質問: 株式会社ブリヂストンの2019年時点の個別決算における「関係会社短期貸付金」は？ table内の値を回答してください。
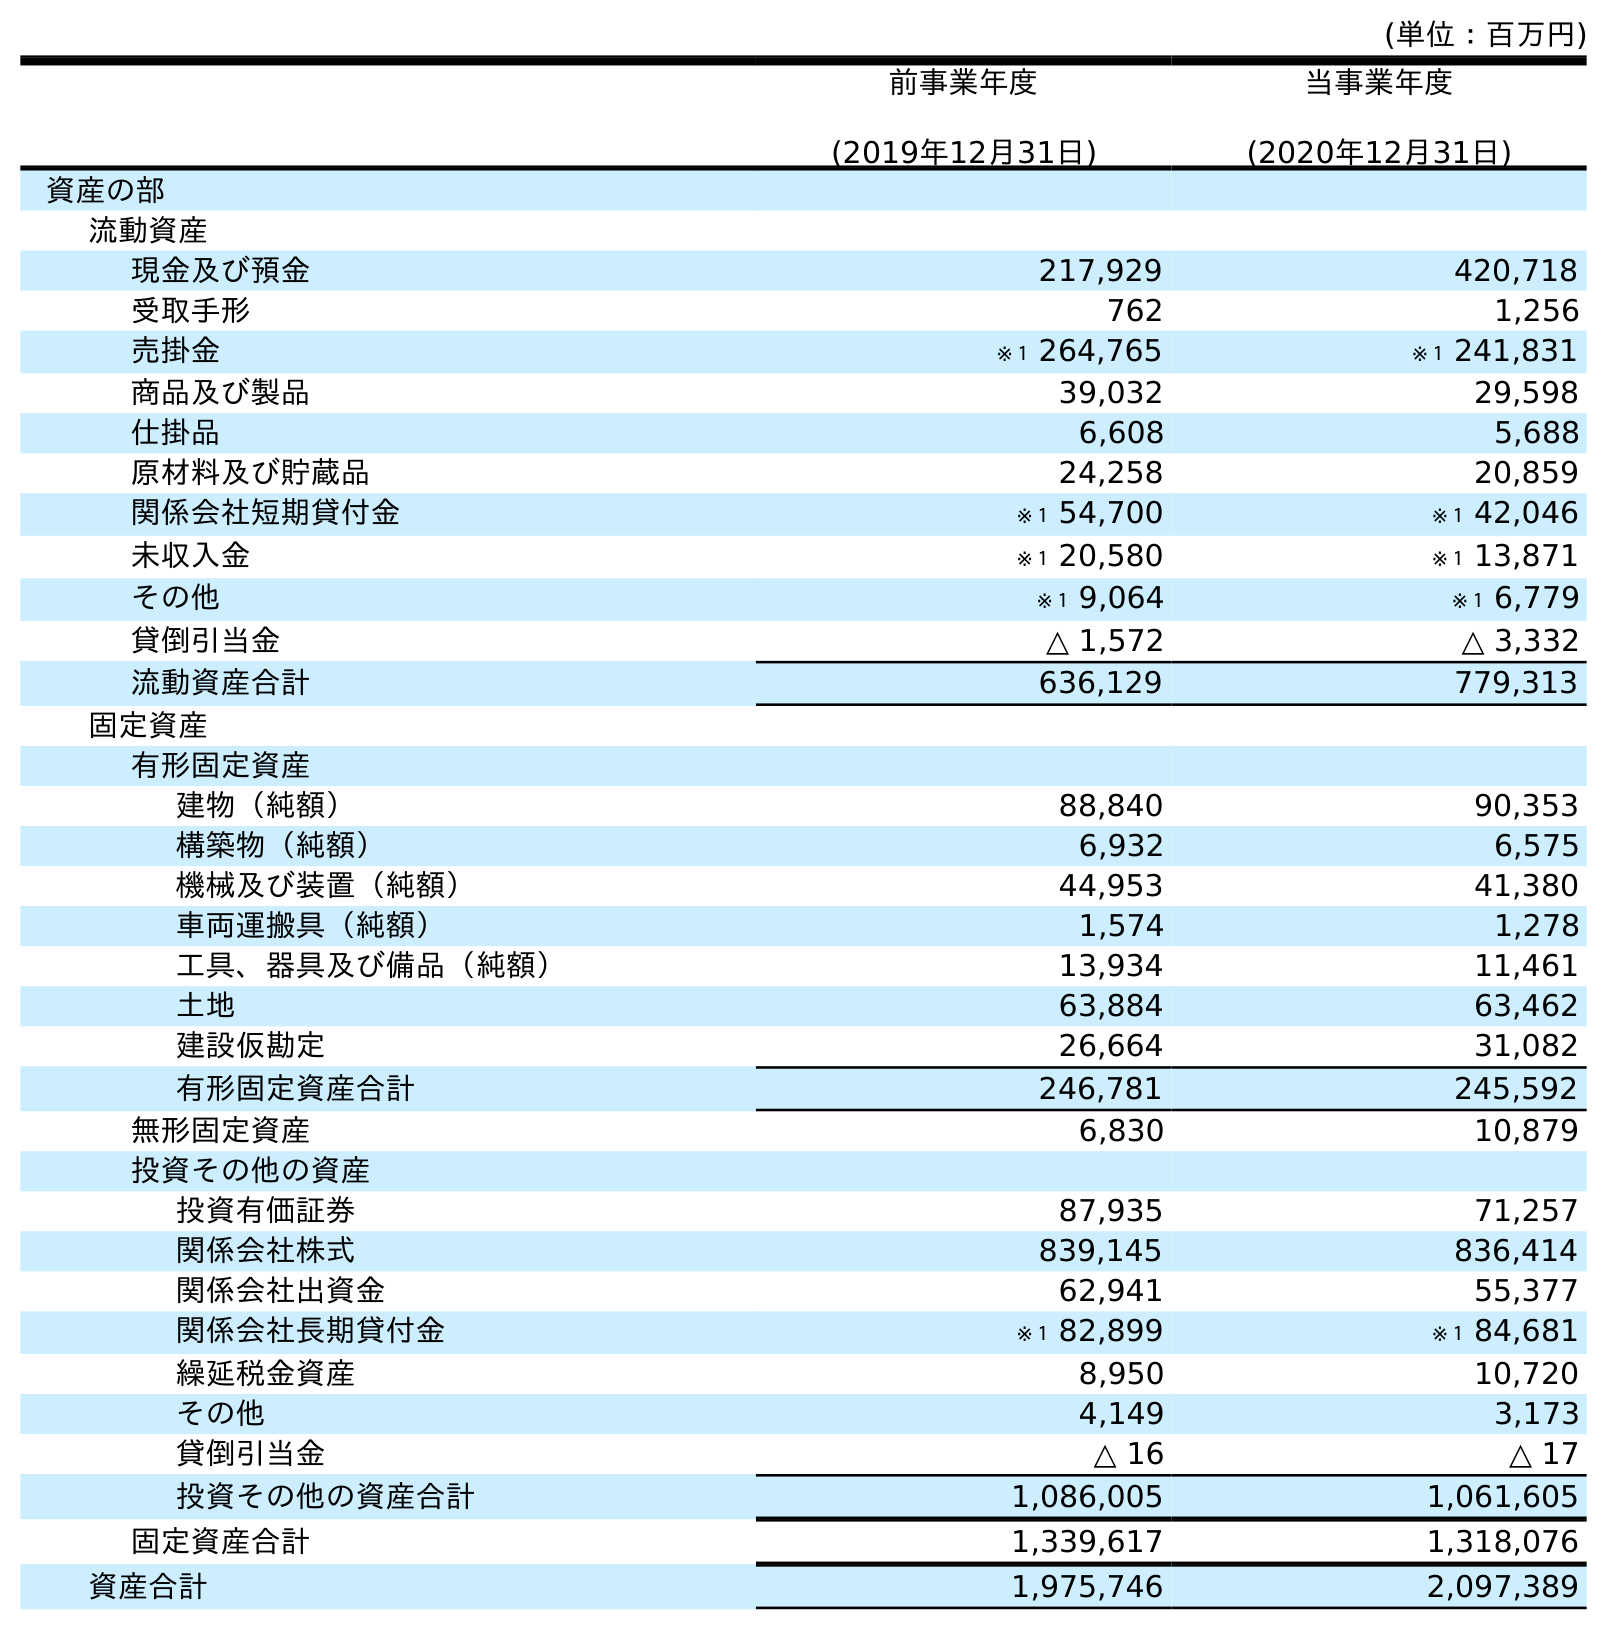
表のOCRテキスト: (単位：百万円) 前事業年度 (2019年12月31日) 当事業年度 (2020年12月31日) 資産の部 流動資産 現金及び預金 217,929 420,718 受取手形 762 1,256 売掛金 ※１ 264,765 ※１ 241,831 商品及び製品 39,032 29,598 仕掛品 6,608 5,688 原材料及び貯蔵品 24,258 20,859 関係会社短期貸付金 ※１ 54,700 ※１ 42,046 未収入金 ※１ 20,580 ※１ 13,871 その他 ※１ 9,064 ※１ 6,779 貸倒引当金 △ 1,572 △ 3,332 流動資産合計 636,129 779,313 固定資産 有形固定資産 建物（純額） 88,840 90,353 構築物（純額） 6,932 6,575 機械及び装置（純額） 44,953 41,380 車両運搬具（純額） 1,574 1,278 工具、器具及び備品（純額） 13,934 11,461 土地 63,884 63,462 建設仮勘定 26,664 31,082 有形固定資産合計 246,781 245,592 無形固定資産 6,830 10,879 投資その他の資産 投資有価証券 87,935 71,257 関係会社株式 839,145 836,414 関係会社出資金 62,941 55,377 関係会社長期貸付金 ※１ 82,899 ※１ 84,681 繰延税金資産 8,950 10,720 その他 4,149 3,173 貸倒引当金 △ 16 △ 17 投資その他の資産合計 1,086,005 1,061,605 固定資産合計 1,339,617 1,318,076 資産合計 1,975,746 2,097,389
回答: ※１54,700